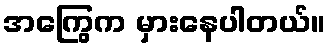
အကြွေက မှားနေပါတယ်။